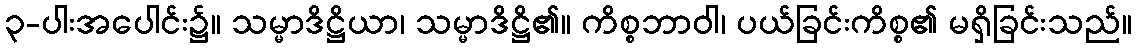
၃-ပါးအပေါင်း၌။ သမ္မာဒိဋ္ဌိယာ၊ သမ္မာဒိဋ္ဌိ၏။ ကိစ္စဘာဝါ၊ ပယ်ခြင်းကိစ္စ၏ မရှိခြင်းသည်။